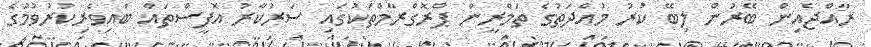
ރާއްޖެއިން ބޭރުން ލިބޭ ކުރު މުއްދަތުގެ ތަމްރީން ޕްރޮގްރާމްތަކުގައި ސަރުކާރު އޮފީސްތައް ބައިވެރިކުރުވުމުގެ